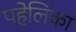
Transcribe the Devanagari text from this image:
पहेलिका